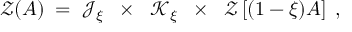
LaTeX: { \mathcal Z } ( A ) \; = \; { \mathcal J } _ { \xi } \; \; \times \; \; { \mathcal K } _ { \xi } \; \; \times \; \; { \mathcal Z } \left[ ( 1 - \xi ) A \right] \; ,